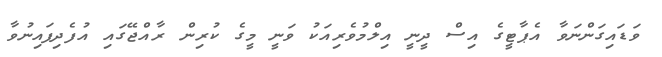
ވަޑައިގަންނަވާ އެޕާޓީގެ އިސް ދީނީ އިލްމުވެރިއަކު ވަނީ މީގެ ކުރިން ރާއްޖޭގައި އުފެދިފައިނުވާ